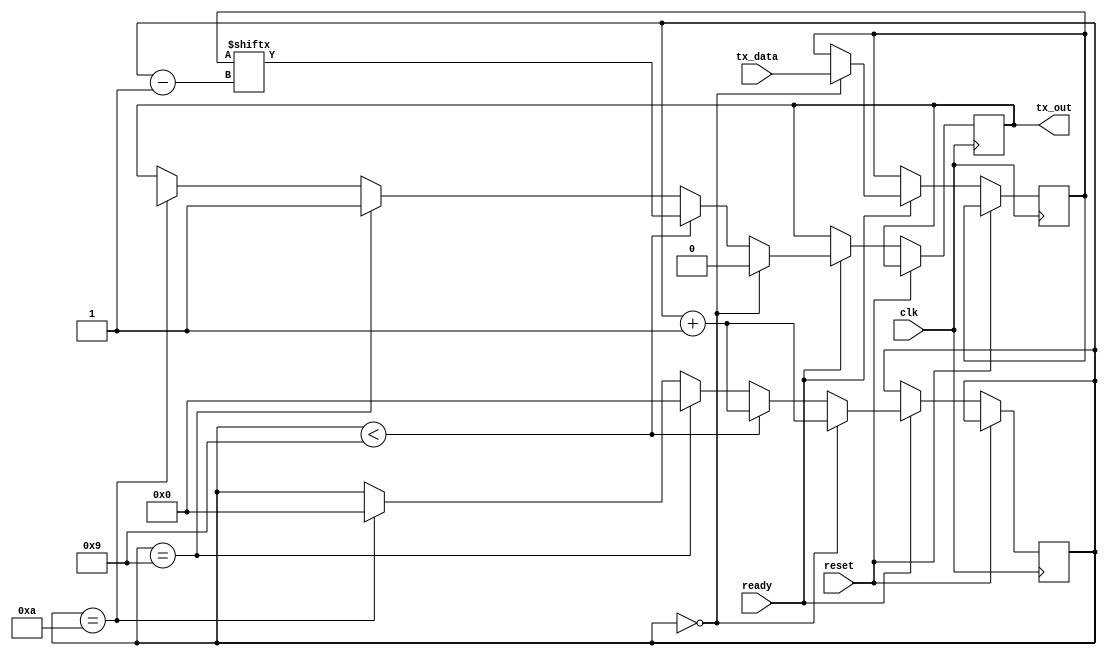
module TX_UART (
  input wire clk,
  input wire reset,
  input wire [7:0] tx_data,
  input wire ready,
  output reg tx_out
);

  reg [7:0] inter_reg;
  reg [3:0] counter_tx = 0;
  
always @(posedge clk or posedge reset)
	if (!reset) begin
	
		if (ready) begin
		
			if (counter_tx == 0) begin
				inter_reg <= tx_data;
				tx_out <= 1'b0; // Start bit
				counter_tx <= counter_tx + 1;
				
			end else if (counter_tx < 9) begin
				tx_out <= inter_reg[counter_tx - 1];
				counter_tx <= counter_tx + 1;
				
			end else if (counter_tx == 9) begin
				tx_out <= 1'b1; // Stop bit
				counter_tx <= 0;
				
			end else if (counter_tx == 10) begin
				tx_out <= 1'bX; 
				counter_tx <= 0;
				
			end
			
		end
	end				
endmodule